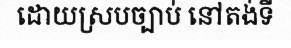
ដោយស្របច្បាប់ នៅតង់ទី